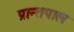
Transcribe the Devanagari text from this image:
प्रान्तपाल